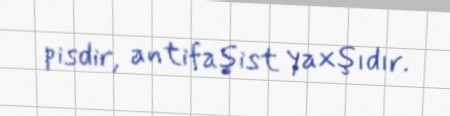
pisdir, antifaşist yaxşıdır.